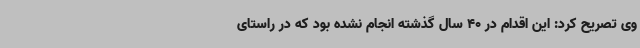
وی تصریح کرد: این اقدام در 40 سال گذشته انجام نشده بود که در راستای